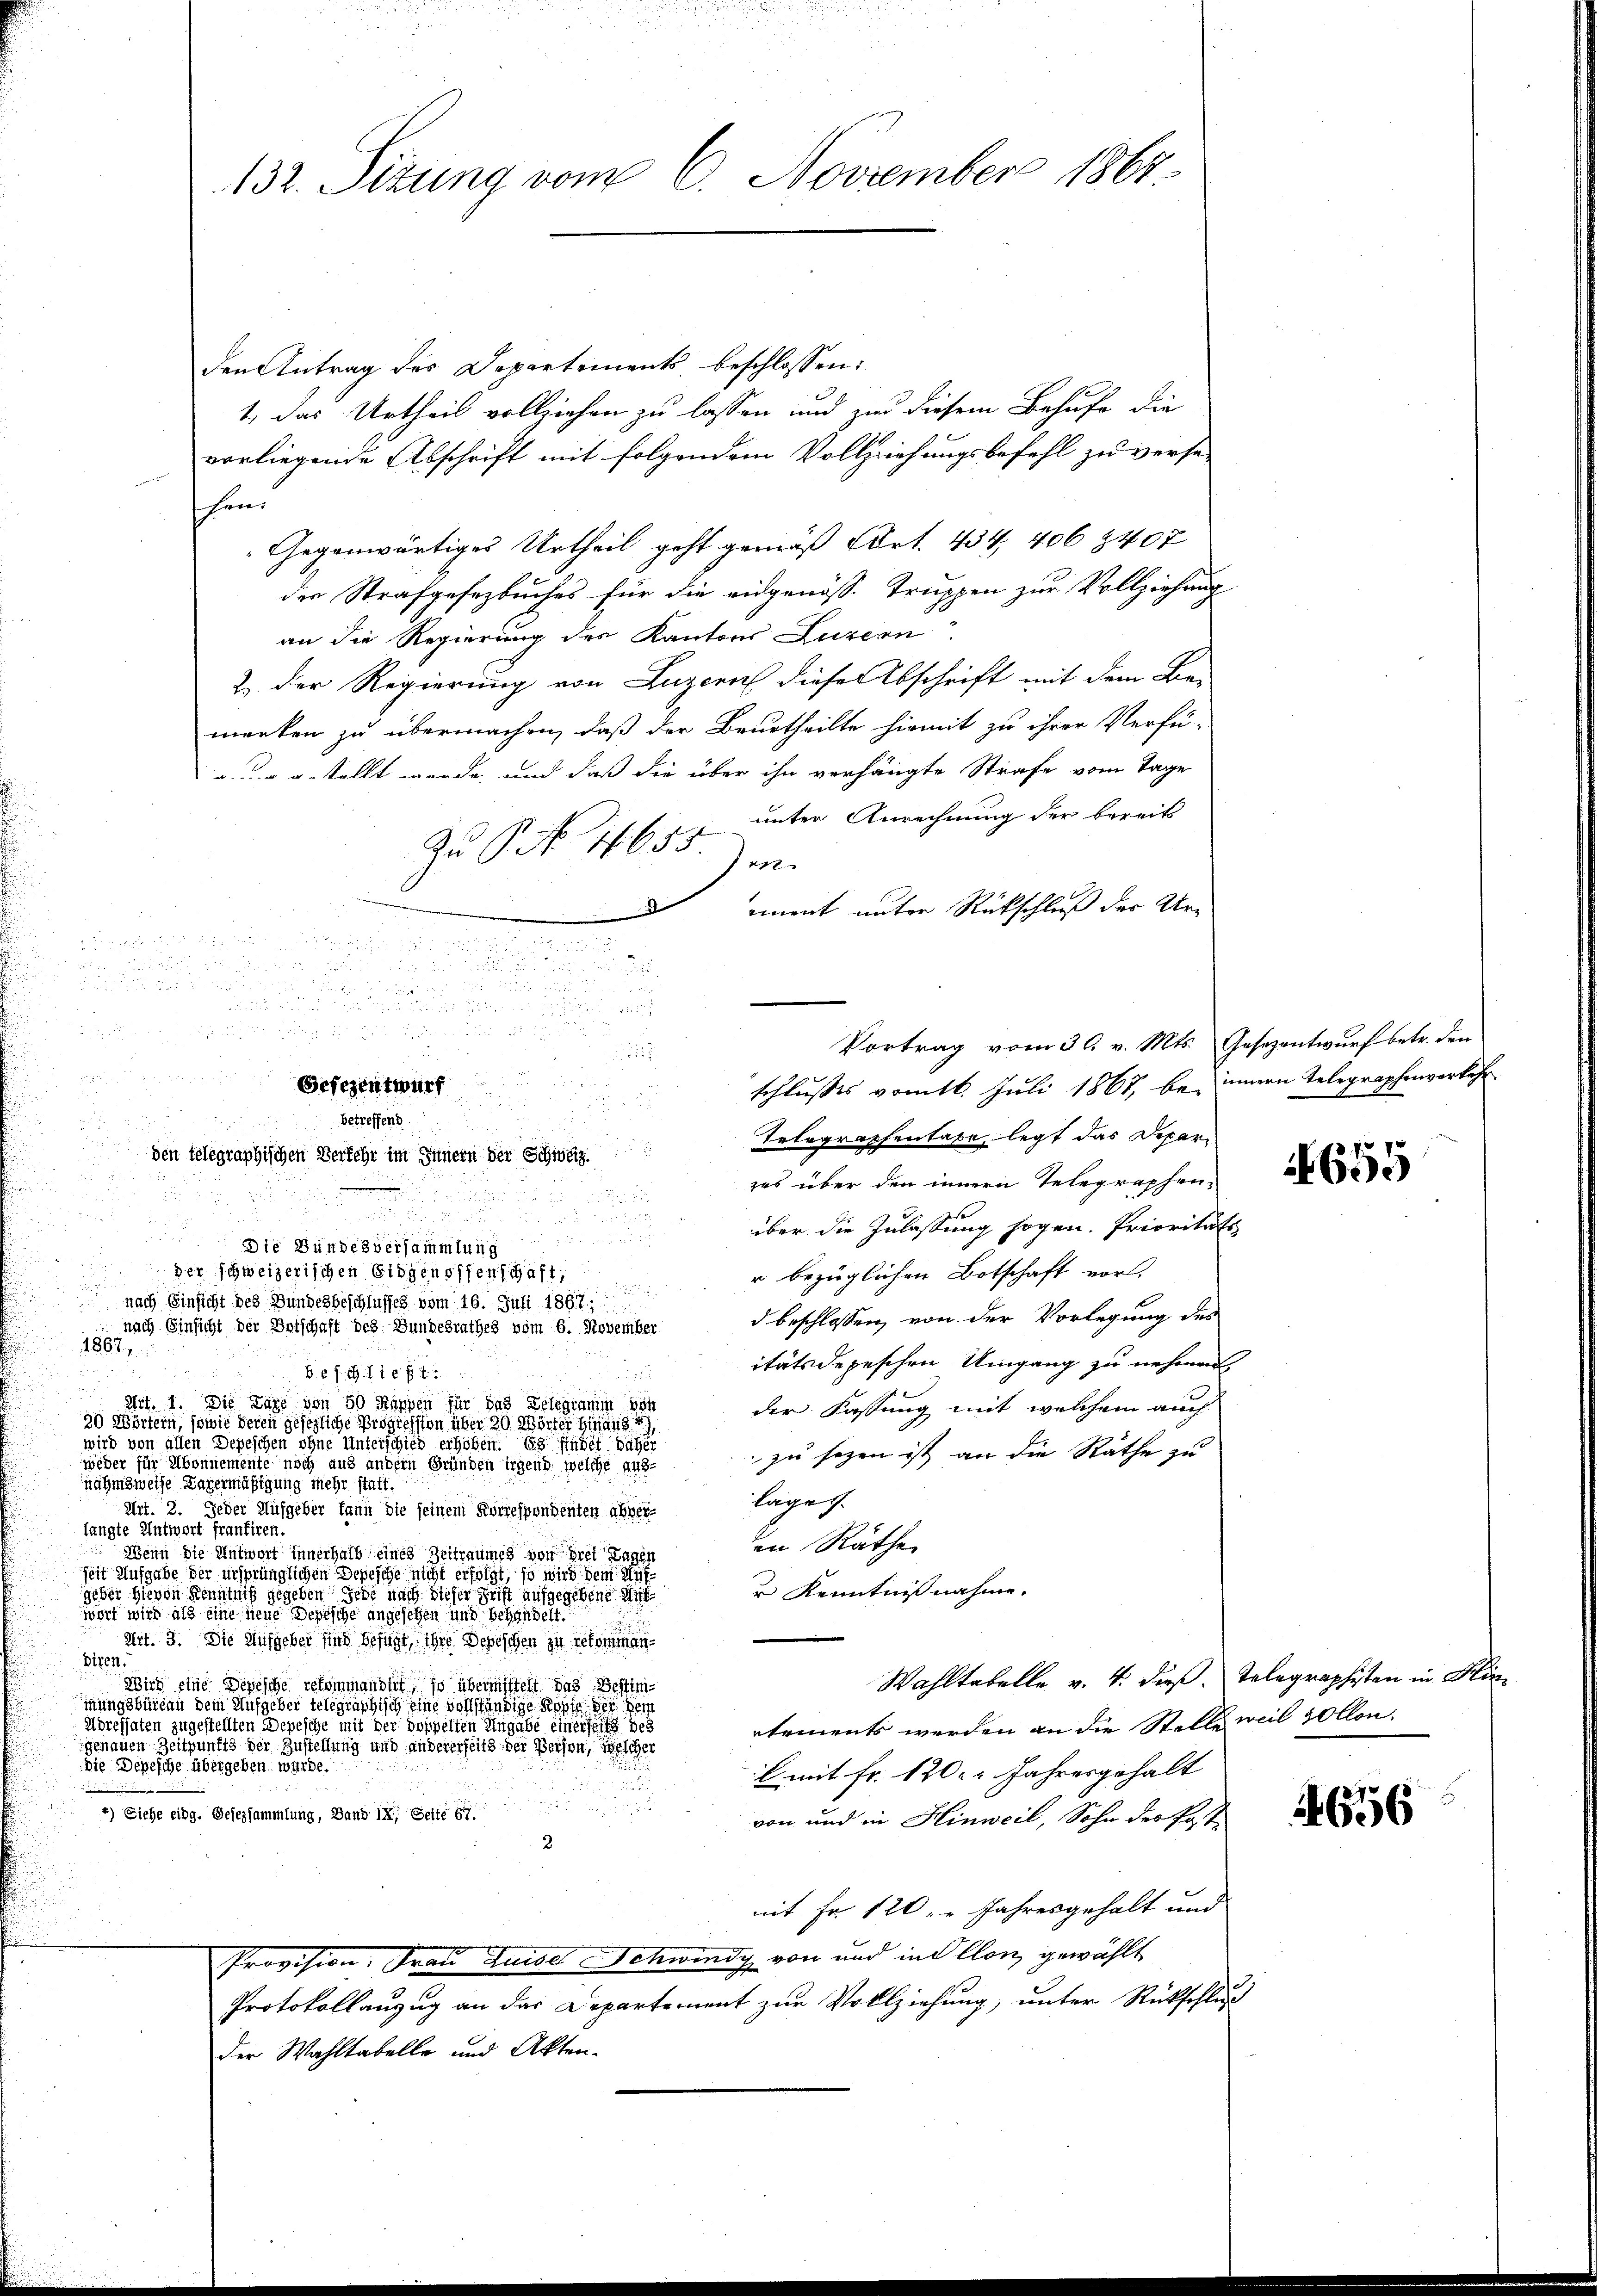
132. Sizung vom 6. November 1867

zes über den innern Telegraphen-
über die Zulassung sogen. Prioritäts
r bezüglichen Botschaft vor.
d beschlossen, von der Vorlegung des
itätsdepeschen Umgang zu nehmen,
bes. Stieft
Mit. 1. Die Taxe von 50 Kappen für das Telegramm von
der Kassung mit welchem auch
20 Wörtern, sowie deren gesezliche Progiession über 20 Wörter hinaus,
wird von allen Depeschen ohne Unterschied erhoben. Es findet daher
 zu sezen ist an die Räthe zu
wider für Abonnemente noch aus andern Gründen irgend, welche ausnahmsweise Lagermäßigung mehr statt.
lages.
Art. 2. Jeder Aufgeber kann die seinem Korrespondenten ahverlangte Antwort frantiren.
den Räthe
 Wenn die Antwort innerhalb eines Zeitraumes von drei Tagen
Zeit Aufgabe der ursprünglichen Depesche nicht erfolgt, so wird dem Aufr Kenntnißnahme.
geber hievon Kenntniß gegeben Jede nach dieser Grift aufgegebene Mitwort wird als eine neue Depesche angesehen und behandelt.
n
Art. 3. Die Aufgeben sind befügt, ihre Depeschen zu retommansiren.
Wahltabelle v. 4. dieß. Telegraphisten in Hin¬
Wird eine Depesche retommandirt, so übermittelt das Bestimmungsbüreau dem Aufgeber telegraphisch eine vollständige Rosse der dem
Adressaten zugestellten Depesche mit der doppelten Angabe einerseit des
rtements werden an die Stelle weil sollen.
genauen Zeitpunkts der Zustellung und andererseits der Person, welcher
u
Die Depesche übergeben wurde.
il mit Fr. 120. Jahresgehalt

d
4) Siehe eidg. Gesezsammlung, Band IX, Seite 6.
von und in Hinweil, Sohn des Postmit Fr. 120. Jahresgehalt und
Provision. Frau Luise v. Schwindig von und in Clon, gewählt.
Protokollanzug an das Departement zur Vollziehung, unter Rückschluß
der Wahltabelle und Akten.

d

Gesezentwurf
betreffend
87
den telegraphischen Verfehr im Innern der Schweiz
 2

1

u
9
 Die Bundesversammlung

Der schweizerischen Eidgenoffenschaft
nach Einsicht des Bundesbeschlusses vom 16. Juli 1867;
.
nach Einsicht der Entschaft des Bundesrathes vom 6. November
1867,

den Antrag des Departements beschlossen:
1., das Urtheil vollziehen zu lassen und zu diesem Behufe die
vorliegende Abschrift mit folgendem Vollziehungsbefehl zu versehen
Gegenwärtiges Urtheil geht gemäß Art. 434. 406 8407
der Strafgesezbuches für die eidgenöss. Truppen zur Vollziehung
an die Regierung des Kantons Luzern
2. Der Regierung von Luzern dieser Abschrift mit dem Be-
merken zu übermachen, daß der Beurtheilte hiemit zu ihrer Verfü-
u. da u. stellt wurde, und daß die über ihn verhängte Strafe vom Tage
unter Anrechnung der bereits
Zu P No 11655.
Ge
iment unter Rückschluß der Ure

  und

2

Vortrag vom 30. v. Mts.
schlusses vom 16. Juli 1867, bei innern Telegraphenverkehr
Telegraphentabe, legt das Depar¬

Gesezentwurf betr. den

655

1656